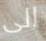
الى